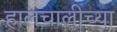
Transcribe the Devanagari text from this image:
हालचालीच्या